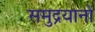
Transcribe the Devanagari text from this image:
समुद्रयानों